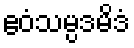
ဧဝံသမ္ပဒမိဒံ